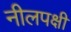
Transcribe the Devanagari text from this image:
नीलपक्षी